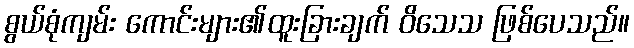
စွယ်စုံကျမ်း ကောင်းများ၏ထူးခြားချက် ဝိသေသ ဖြစ်ပေသည်။